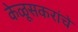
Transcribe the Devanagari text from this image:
केळूसकरांचे